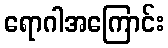
ရောဂါအကြောင်း